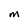
Character: m